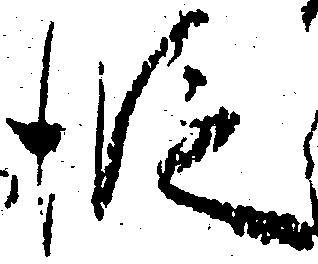
段